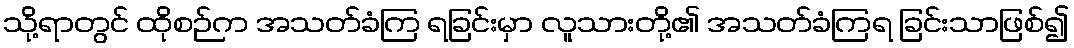
သို့ရာတွင် ထိုစဉ်က အသတ်ခံကြ ရခြင်းမှာ လူသားတို့၏ အသတ်ခံကြရ ခြင်းသာဖြစ်၍